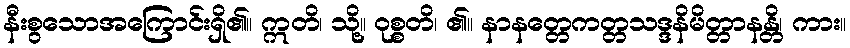
နီးစွသောအကြောင်းရှိ၏။ ဣတိ၊ သို့။ ဝုစ္စတိ၊ ၏။ နာနတ္တေကတ္တသဒ္ဒနိမိတ္တာနန္တိ၊ ကား။